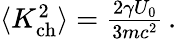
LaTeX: \begin{array}{r}{\langle K_{\mathrm{ch}}^{2}\rangle={\frac{2\gamma U_{0}}{3mc^{2}}}\, .}\end{array}